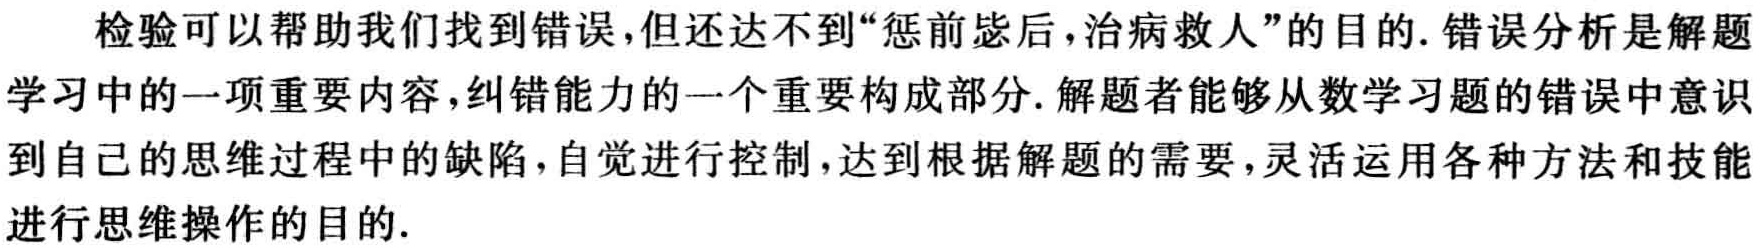
检验可以帮助我们找到错误,但还达不到“惩前毖后,治病救人”的目的. 错误分析是解题学习中的一项重要内容,纠错能力的一个重要构成部分. 解题者能够从数学习题的错误中意识到自己的思维过程中的缺陷,自觉进行控制,达到根据解题的需要,灵活运用各种方法和技能进行思维操作的目的.